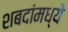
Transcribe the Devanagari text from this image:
शबदांमध्ये